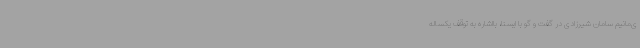
ی‌مانیم سامان شیرزادی در گفت و گو با ایسنا، بااشاره به توقف یکساله